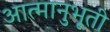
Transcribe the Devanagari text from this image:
आत्मानुभूती